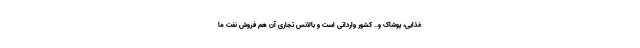
غذایی، پوشاک و.. کشور وارداتی است و بالانس تجاری آن هم فروش نفت ما